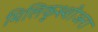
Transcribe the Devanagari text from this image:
मिलिकुश्शोअरा